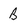
Character: B